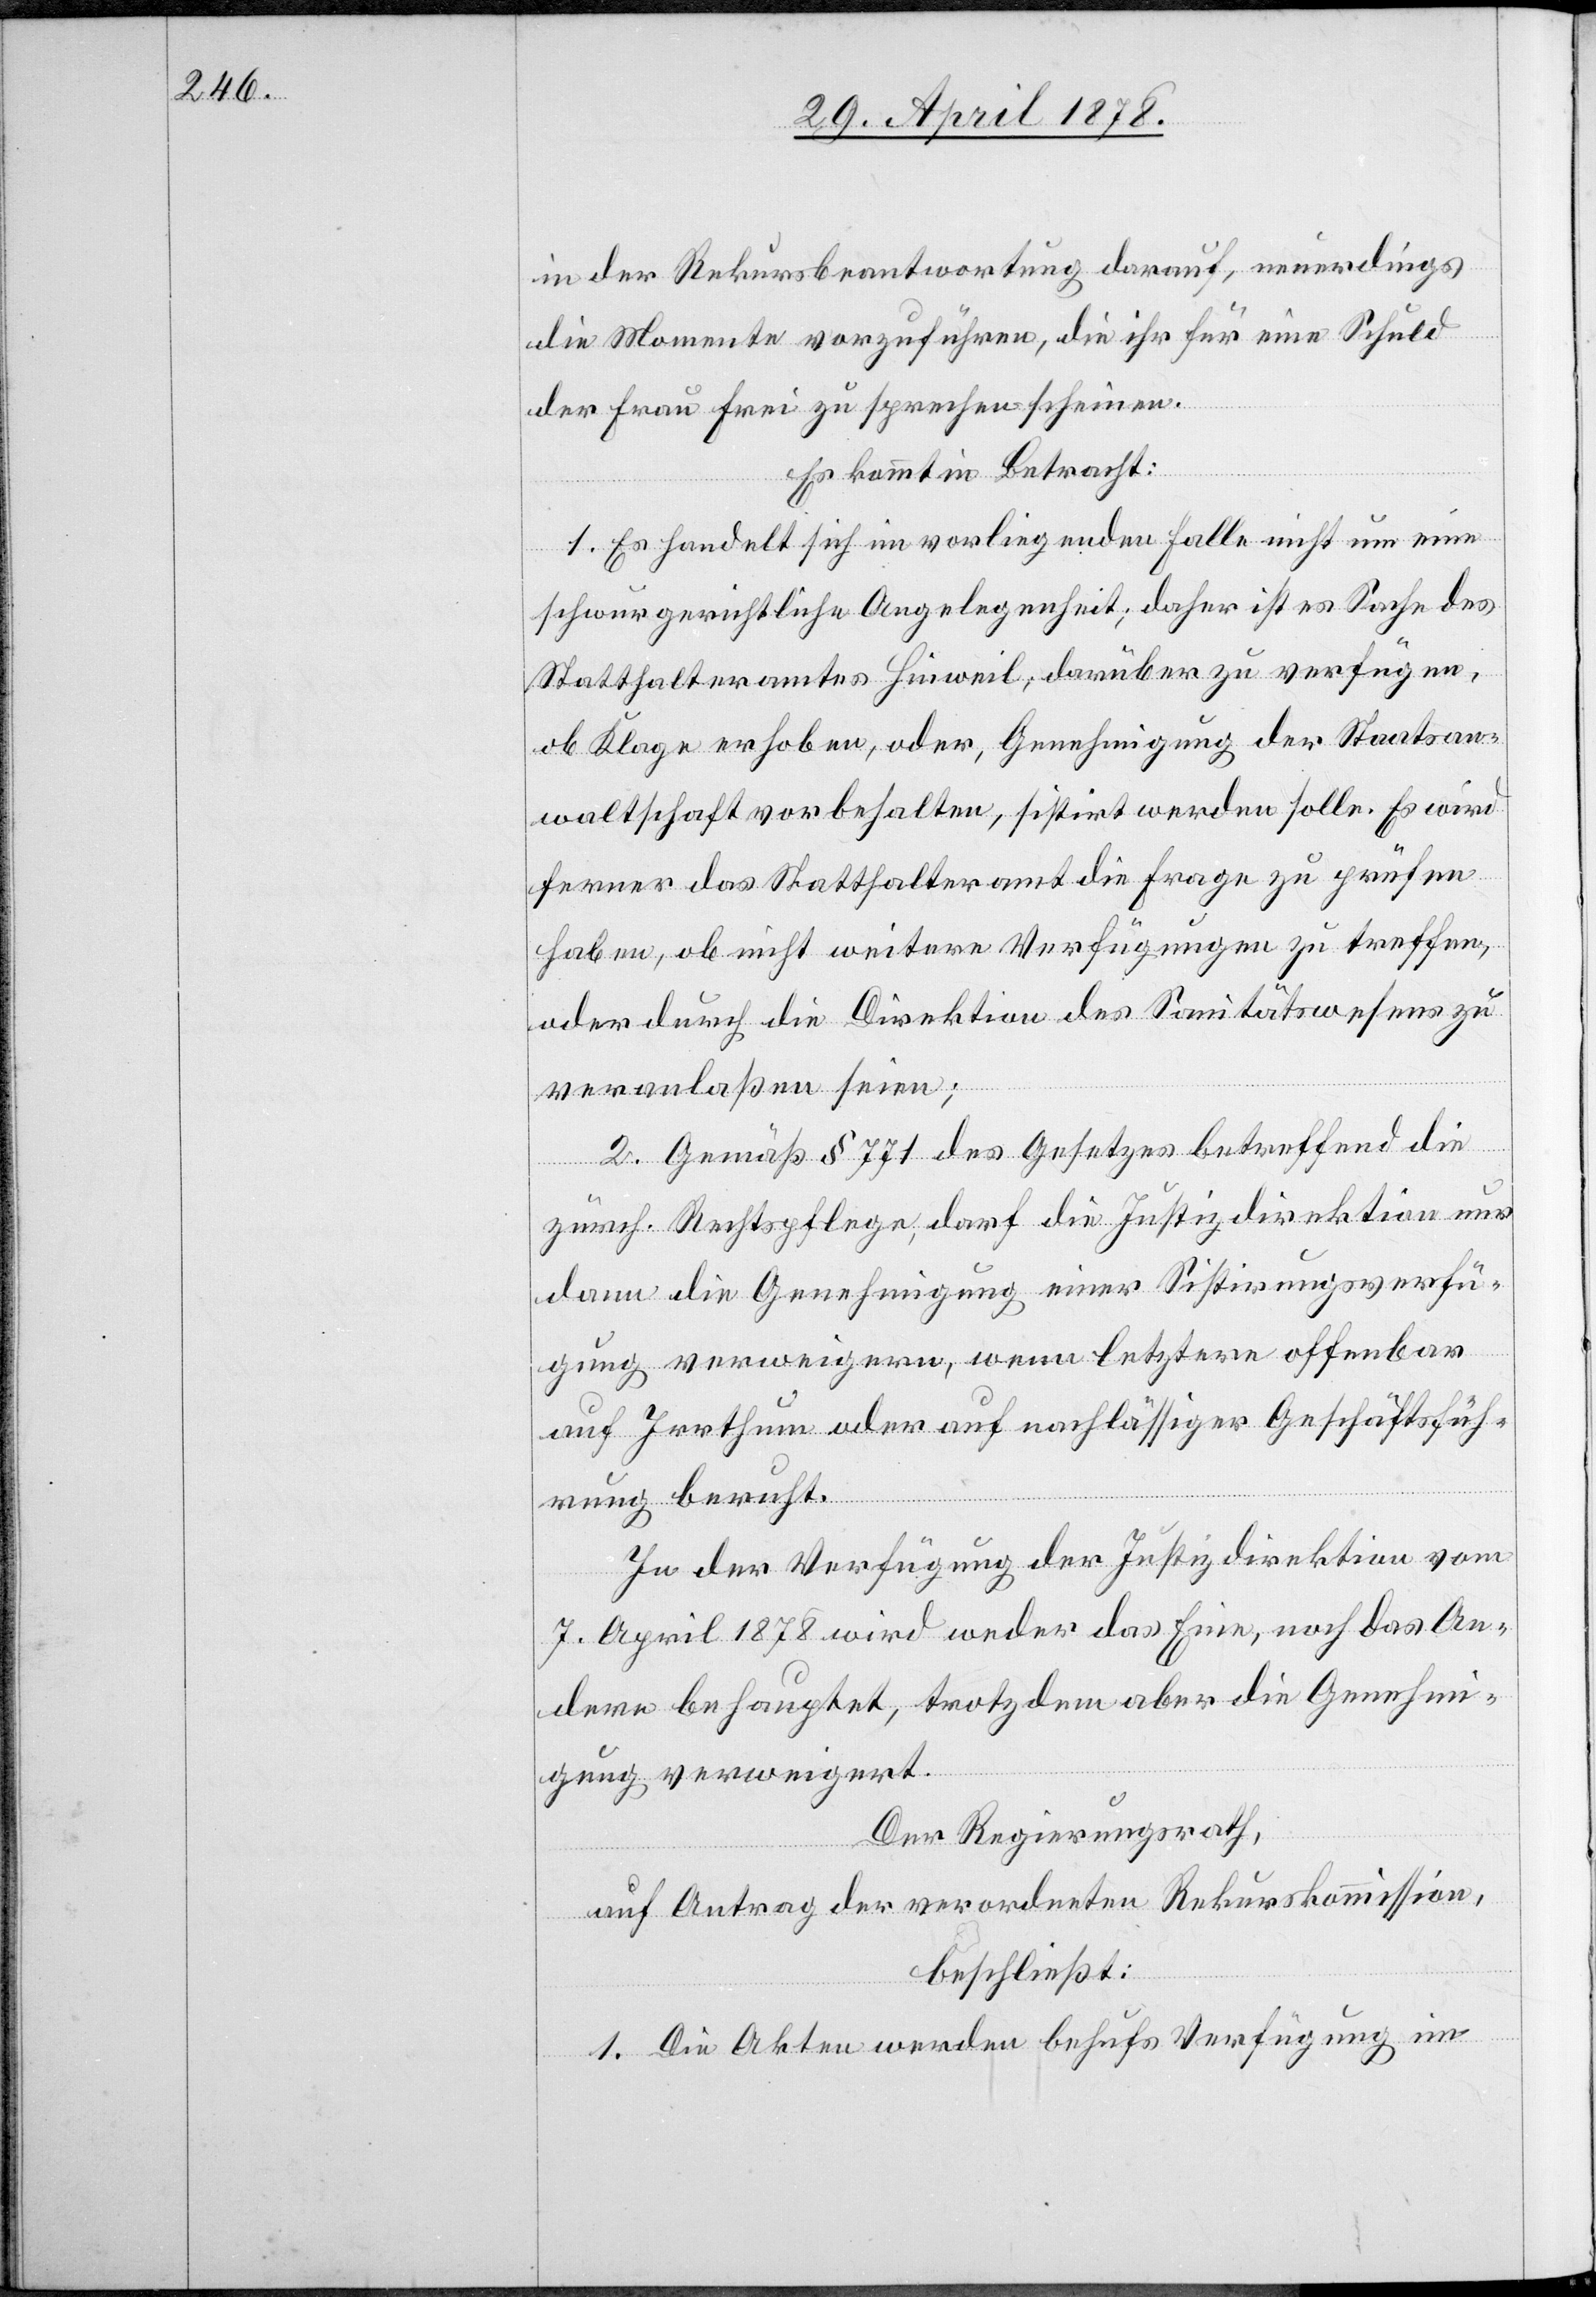
in der Rekursbeantwortung darauf, neuerdings
die Momente vorzuführen, die ihr für eine Schuld
der Frau Frei zu sprechen scheinen.
Es kommt in Betracht:
1. Es handelt sich im vorliegenden Falle nicht um eine
schwurgerichtliche Angelegenheit; daher ist es Sache des
Statthalteramtes Hinweil, darüber zu verfügen,
ob Klage erhoben, oder, Genehmigung der Staatsan¬
waltschaft vorbehalten, sistirt werden solle. Es wird
ferner das Statthalteramt die Frage zu prüfen
haben, ob nicht weitere Verfügungen zu treffen,
oder durch die Direktion des Sanitätswesens zu
veranlaßen seien;
2. Gemäß § 771 des Gesetzes betreffend die
zürch. Rechtspflege, darf die Justizdirektion nur
dann die Genehmigung einer Sistirungsverfü¬
gung verweigern, wenn letztere offenbar
auf Irrthum oder auf nachlässiger Geschäftsfüh¬
rung beruht.
In der Verfügung der Justizdirektion vom
7. April 1878 wird weder das Eine, noch das An¬
dere behauptet, trotzdem aber die Genehmi¬
gung verweigert.
Der Regierungsrath,
auf Antrag der verordneten Rekurskommission,
beschließt:
1. Die Akten werden behufs Verfügung im